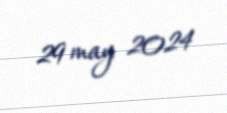
29 may 2024